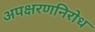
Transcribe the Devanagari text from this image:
अपक्षरणनिरोध